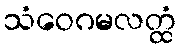
သံဝေဂမလတ္ထံ